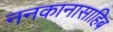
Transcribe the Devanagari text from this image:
ननकानासाहिब